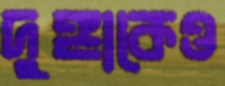
দুঙ্গাকেও